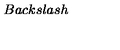
B a c k s l a s h \,